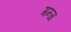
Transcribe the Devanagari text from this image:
गन्ज